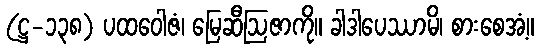
(ဋ္ဌ-၁၃၈) ပထဝေါဇံ၊ မြေဆီဩဇာကို။ ခါဒါပေဿာမိ၊ စားစေအံ့။